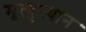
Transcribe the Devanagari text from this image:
मृत्युस्थान